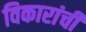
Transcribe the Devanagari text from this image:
विकारांची